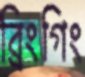
ব্রিংগিং